Scottish Leaving Certificate Examination, 1951
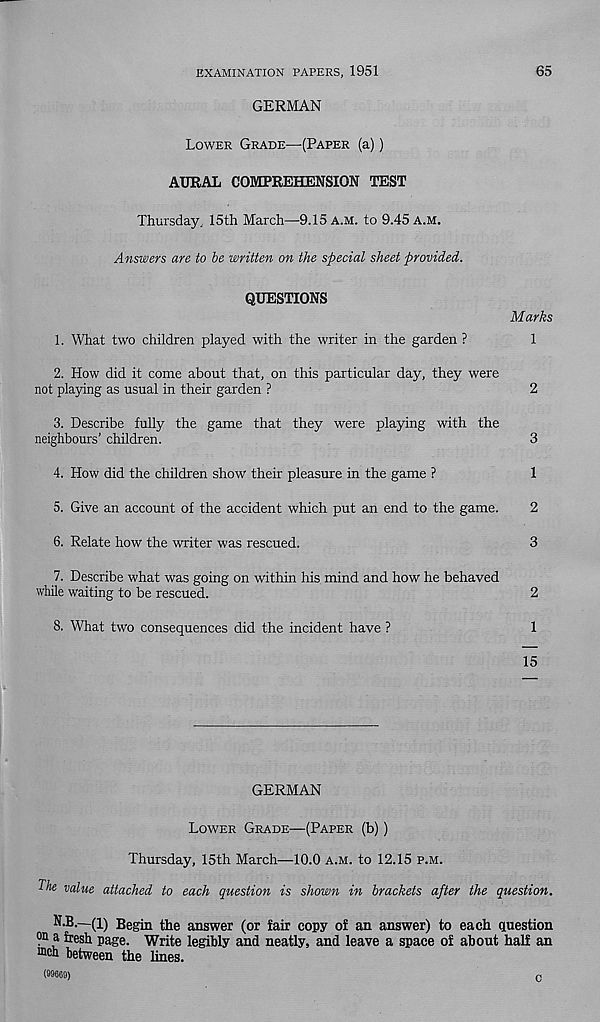
EXAMINATION PAPERS, 1951
65
GERMAN
Lower Grade—(Paper (a))
AURAL COMPREHENSION TEST
Thursday, 15th March—9.15 a.m. to 9.45 a.m.
Answers are to be written on the special sheet provided.
QUESTIONS
Marks
1. What two children played with the writer in the garden ?
1
2. How did it come about that, on this particular day, they were
not playing as usual in their garden ?
2
3. Describe fully the game that they were playing with the
neighbours’ children.
3
4. How did the children show their pleasure in the game ?
1
5. Give an account of the accident which put an end to the game.
2
6. Relate how the writer was rescued.
3
7. Describe what was going on within his mind and how he behaved
while waiting to be rescued.
2
8. What two consequences did the incident have ?
1
15
GERMAN
Lower Grade—(Paper (b))
Thursday, 15th March—10.0 a.m. to 12.15 p.m.
The value attached to each question is shown in brackets after the question.
N.B.—(i) Begin the answer (or fair copy of an answer) to each question
on a fresh page. Write legibly and neatly, and leave a space of about half an
n'ob between the lines.